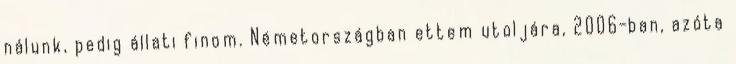
nálunk, pedig állati finom. Németországban ettem utoljára, 2006-ban, azóta